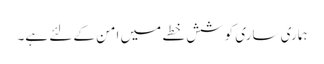
ہماری ساری کوشش خطے میں امن کے لئے ہے۔